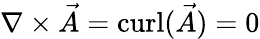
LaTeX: \nabla\times{\vec{A}}=\operatorname{curl}({\vec{A}})=0